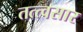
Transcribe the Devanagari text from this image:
तत्त्वसार